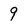
Character: 9